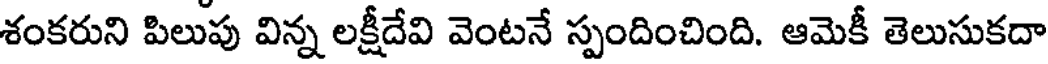
శంకరుని పిలుపు విన్న లక్షీదేవి వెంటనే స్పందించింది. ఆమెకీ తెలుసుకదా